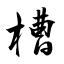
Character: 槽